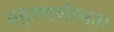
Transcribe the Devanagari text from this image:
ग्रहरणशीलता